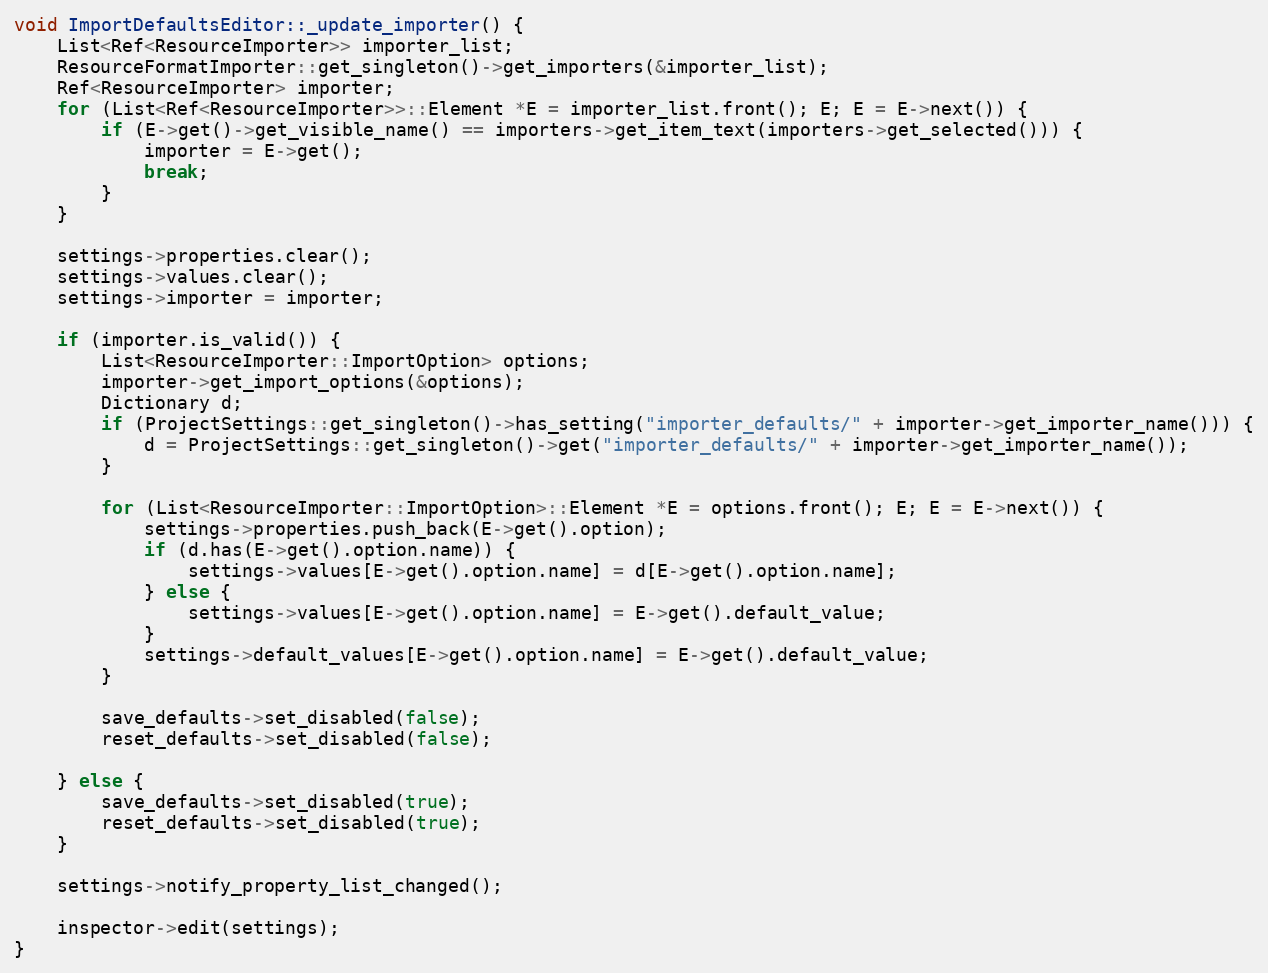
Language: C++
void ImportDefaultsEditor::_update_importer() {
	List<Ref<ResourceImporter>> importer_list;
	ResourceFormatImporter::get_singleton()->get_importers(&importer_list);
	Ref<ResourceImporter> importer;
	for (List<Ref<ResourceImporter>>::Element *E = importer_list.front(); E; E = E->next()) {
		if (E->get()->get_visible_name() == importers->get_item_text(importers->get_selected())) {
			importer = E->get();
			break;
		}
	}

	settings->properties.clear();
	settings->values.clear();
	settings->importer = importer;

	if (importer.is_valid()) {
		List<ResourceImporter::ImportOption> options;
		importer->get_import_options(&options);
		Dictionary d;
		if (ProjectSettings::get_singleton()->has_setting("importer_defaults/" + importer->get_importer_name())) {
			d = ProjectSettings::get_singleton()->get("importer_defaults/" + importer->get_importer_name());
		}

		for (List<ResourceImporter::ImportOption>::Element *E = options.front(); E; E = E->next()) {
			settings->properties.push_back(E->get().option);
			if (d.has(E->get().option.name)) {
				settings->values[E->get().option.name] = d[E->get().option.name];
			} else {
				settings->values[E->get().option.name] = E->get().default_value;
			}
			settings->default_values[E->get().option.name] = E->get().default_value;
		}

		save_defaults->set_disabled(false);
		reset_defaults->set_disabled(false);

	} else {
		save_defaults->set_disabled(true);
		reset_defaults->set_disabled(true);
	}

	settings->notify_property_list_changed();

	inspector->edit(settings);
}